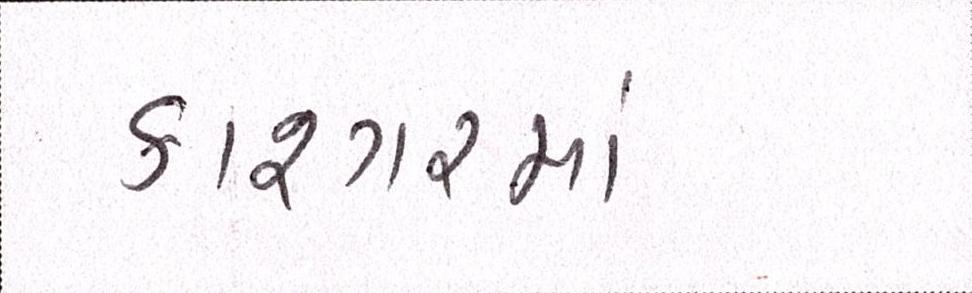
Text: કાશ્ગરમાં